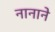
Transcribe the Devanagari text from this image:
नानाने